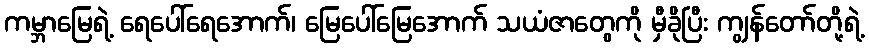
ကမ္ဘာမြေရဲ့ ရေပေါ်ရေအောက်၊ မြေပေါ်မြေအောက် သယံဇာတွေကို မှီခိုပြီး ကျွန်တော်တို့ရဲ့